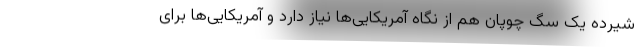
شیرده یک سگ چوپان هم از نگاه آمریکایی‌ها نیاز دارد و آمریکایی‌ها برای